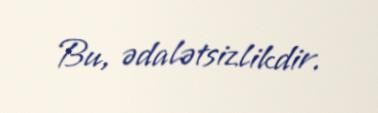
Bu, ədalətsizlikdir.